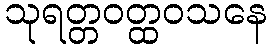
သုရတ္တဝတ္ထဝသနေ